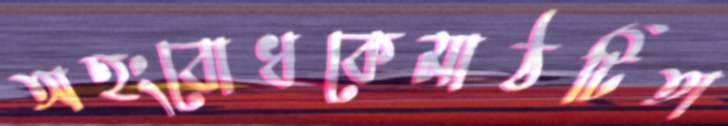
অহংবোধকেমাঠটিতা